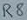
Text: R8